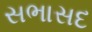
સભાસદ